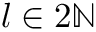
l \in 2 \mathbb { N }